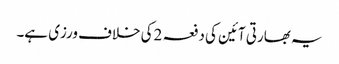
یہ بھارتی آئین کی دفعہ 2کی خلاف ورزی ہے۔